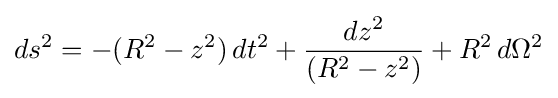
ds^{2}=-(R^{2}-z^{2})\,dt^{2}+{dz^{2} \over (R^{2}-z^{2})}+R^{2}\,d\Omega ^{2}